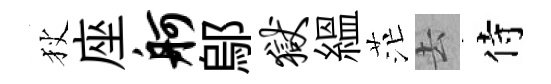
狄座舸鄔狱緼茫去侍